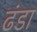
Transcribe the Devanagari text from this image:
ढंडा